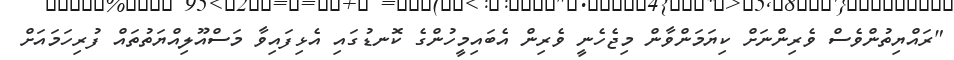
"ރައްޔިތުންވެސް ވެރިންނަށް ކިޔަމަންވާން މިޖެހެނީ ވެރިން އެބައިމީހުންގެ ކޮނޑުގައި އެޅިފައިވާ މަސްއޫލިއްޔަތުތައް ފުރިހަމައަށް